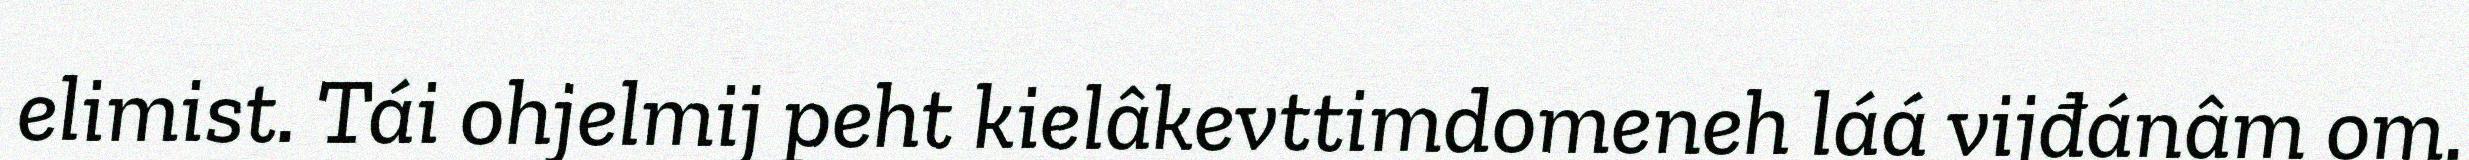
elimist. Tái ohjelmij peht kielâkevttimdomeneh láá vijđánâm om.